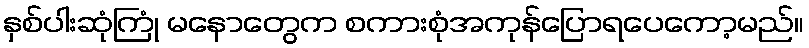
နှစ်ပါးဆုံကြုံ မနောတွေက စကားစုံအကုန်ပြောရပေကော့မည်။